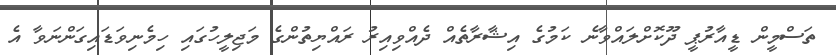
ތަސްމީން ޑީއާރުޕީ ދޫކޮށްލައްވާނެ ކަމުގެ އިޝާރާތެއް ދެއްވިއިރު ރައްޔިތުންގެ މަޖިލީހުގައި ހިމެނިވަޑައިގަންނަވާ އެ